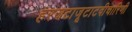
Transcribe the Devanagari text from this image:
हरजटाजूटाटवीचारिणी